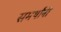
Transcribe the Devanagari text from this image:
समर्थांनीं